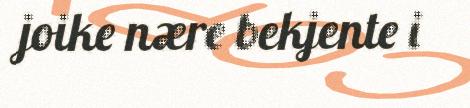
joike nære bekjente i